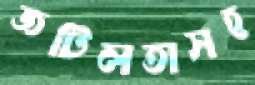
জটিলতাসহ